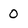
Character: 0